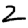
Digit: 2